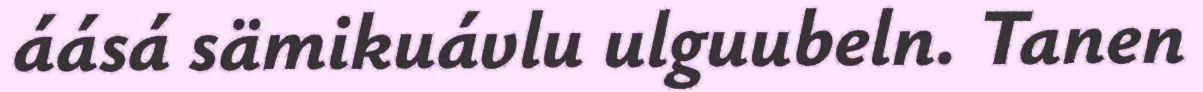
áásá sämikuávlu ulguubeln. Tanen